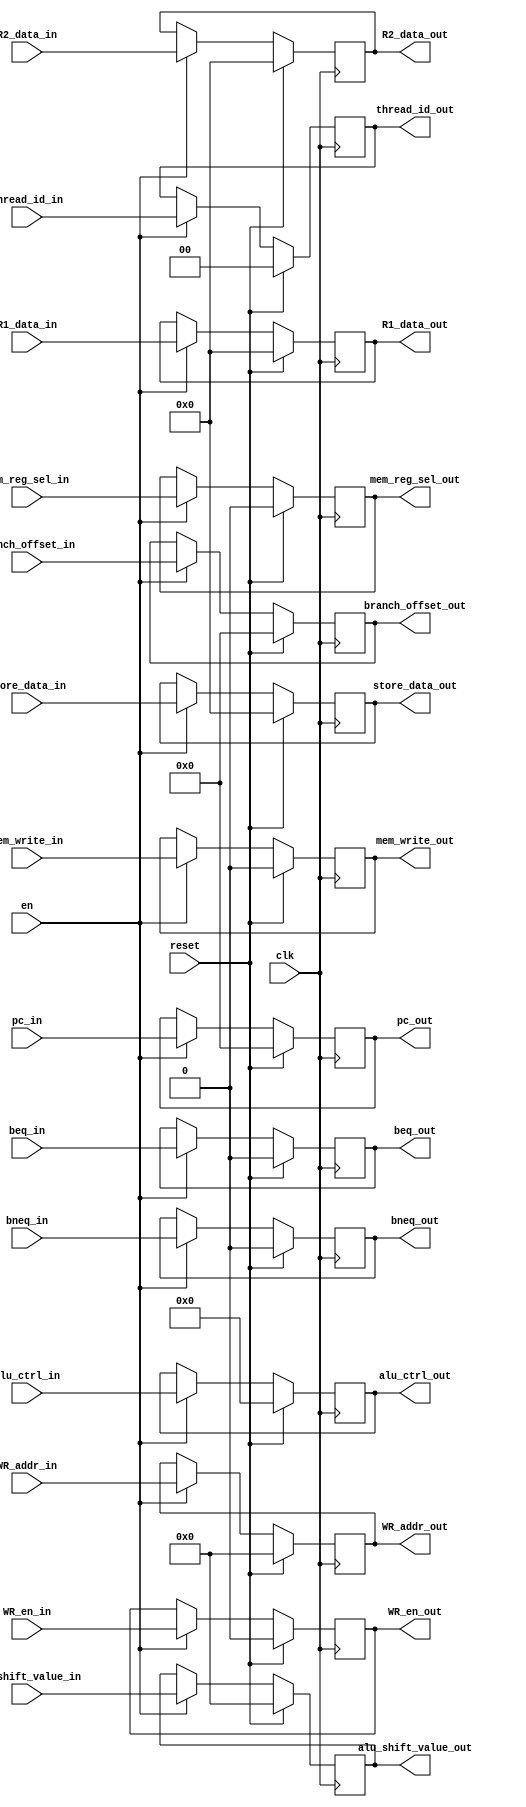
`timescale 1ns / 1ps
//////////////////////////////////////////////////////////////////////////////////
// Company: 
// Engineer: 
// 
// Design Name: 
// Module Name:    pipe_decode_execute 
// Project Name: 
// Target Devices: 
// Tool versions: 
// Description: 
//
// Dependencies: 
//
// Revision: 
// Revision 0.01 - File Created
// Additional Comments: 
//
//////////////////////////////////////////////////////////////////////////////////


module pipe_decode_execute
   #(parameter DATAPATH_WIDTH = 64,
	  parameter REGFILE_ADDR_WIDTH = 5,
	  parameter INST_ADDR_WIDTH = 9,
	  parameter THREAD_BITS = 2)

	(input [INST_ADDR_WIDTH-1:0] pc_in,
    input [DATAPATH_WIDTH-1:0] R1_data_in,
    input [DATAPATH_WIDTH-1:0] R2_data_in,
	 input [DATAPATH_WIDTH-1:0] store_data_in,
	 input [REGFILE_ADDR_WIDTH-1:0] WR_addr_in,
	 input [3:0] alu_ctrl_in,
	 input [4:0] alu_shift_value_in,
	 input WR_en_in,
	 input mem_reg_sel_in,
	 input beq_in,
	 input bneq_in,
	 input mem_write_in,
	 input [INST_ADDR_WIDTH-1:0]	branch_offset_in,
	 input [THREAD_BITS-1:0] thread_id_in,
    input clk,
    input en,
	 input reset,
	 
    output reg [INST_ADDR_WIDTH-1:0] pc_out,
    output reg [DATAPATH_WIDTH-1:0] R1_data_out,
    output reg [DATAPATH_WIDTH-1:0] R2_data_out,
	 output reg [DATAPATH_WIDTH-1:0] store_data_out,
	 output reg [REGFILE_ADDR_WIDTH-1:0] WR_addr_out,
	 output reg [3:0] alu_ctrl_out,
	 output reg [4:0] alu_shift_value_out,
	 output reg beq_out,
	 output reg bneq_out,
	 output reg mem_write_out,
	 output reg WR_en_out,
	 output reg mem_reg_sel_out,
	 output reg [INST_ADDR_WIDTH-1:0]	branch_offset_out,
	 output reg [THREAD_BITS-1:0]	thread_id_out
	 );	
	 
	
	 
always @ (posedge clk) 
  begin
	 if (reset) begin
		pc_out <= 'd0;
		R1_data_out 		<= 'd0;
		R2_data_out 		<= 'd0;
		WR_addr_out 		<= 'd0;
		WR_en_out			<= 'd0;
		alu_ctrl_out		<= 'd0;
		mem_reg_sel_out 	<= 'd0;
		beq_out				<= 'd0;
		bneq_out				<= 'd0;
		mem_write_out 		<= 'd0;
		branch_offset_out	<= 'd0;
		store_data_out <= 'd0;
		alu_shift_value_out <= 'd0;
		thread_id_out <= 'd0;
	 end
	 else if (en) begin
		pc_out <= pc_in;
		R1_data_out 		<= R1_data_in;
		R2_data_out 		<= R2_data_in;
		WR_addr_out 		<= WR_addr_in;
		WR_en_out			<= WR_en_in;
		alu_ctrl_out		<= alu_ctrl_in;
		mem_reg_sel_out 	<= mem_reg_sel_in;
		beq_out				<= beq_in;
		bneq_out				<= bneq_in;
		mem_write_out		<= mem_write_in;
		branch_offset_out	<= branch_offset_in;
		store_data_out	<= store_data_in;
		alu_shift_value_out <= alu_shift_value_in;
		thread_id_out <= thread_id_in;
	 end
	end
endmodule